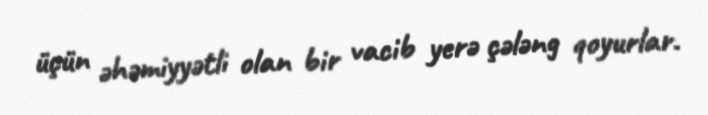
üçün əhəmiyyətli olan bir vacib yerə çələng qoyurlar.